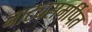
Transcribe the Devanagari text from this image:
नाट्यसमर्पित